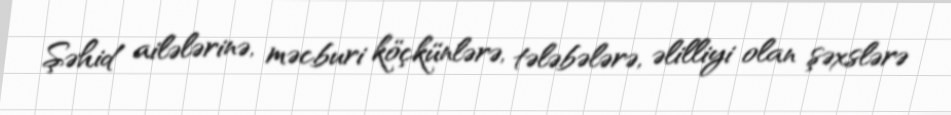
Şəhid ailələrinə, məcburi köçkünlərə, tələbələrə, əlilliyi olan şəxslərə